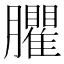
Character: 臞